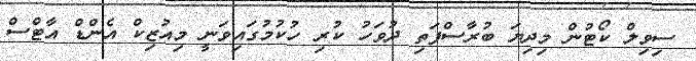
ސިވިލް ކޯޓުން މިދިޔަ ބުރާސްފަތި ދުވަހު ކުރި ހުކުމުގައިވަނީ މިއުޒިކް އެންޑް އާޓްސް